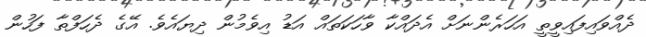
ދެއްވައިފައިވީތީ އަހަރެންނަށް އެދައްކާ ވާހަކަތައް އަޑު އިވެމުން ދިޔައެވެ. އޭގެ ދެހަފްތާ ފަހުން